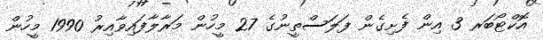
އޮކްޓޯބަރ 3 އިން ފެށިގެން ފަލަސްތީނުގެ 27 މީހުން މަރާލާފައިވާއިރު 1990 މީހުން